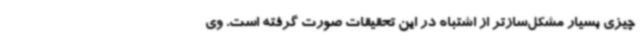
چیزی بسیار مشکل‌سازتر از اشتباه در این تحقیقات صورت گرفته است. وی